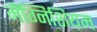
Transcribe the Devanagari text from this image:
मैंग्निशियम